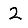
Digit: 2